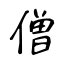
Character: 僧